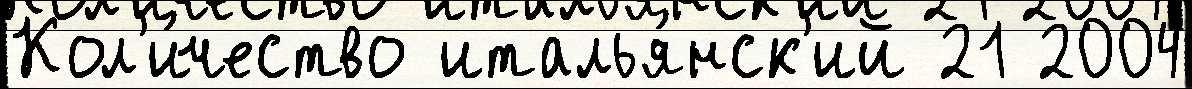
Кол'и́чество италья́нск'ий 21 2004